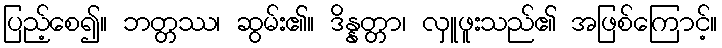
ပြည့်စေ၍။ ဘတ္တဿ၊ ဆွမ်း၏။ ဒိန္နတ္တာ၊ လှူဖူးသည်၏ အဖြစ်ကြောင့်။